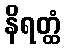
နိရတ္ထံ